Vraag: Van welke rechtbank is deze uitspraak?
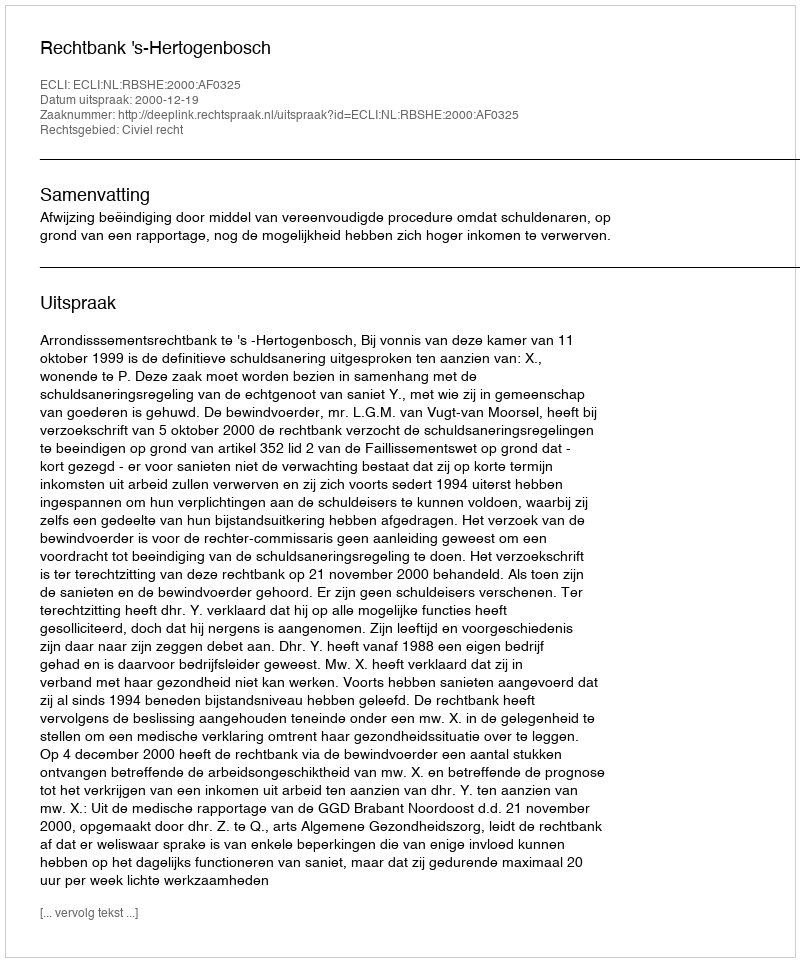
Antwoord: Rechtbank 's-Hertogenbosch